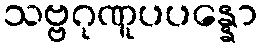
သဗ္ဗဂုဏူပပန္နော